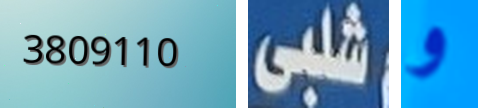
3809110 شلبى و